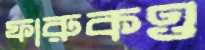
ফারুকও